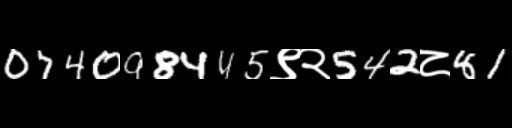
Text: 074098445९२542८81